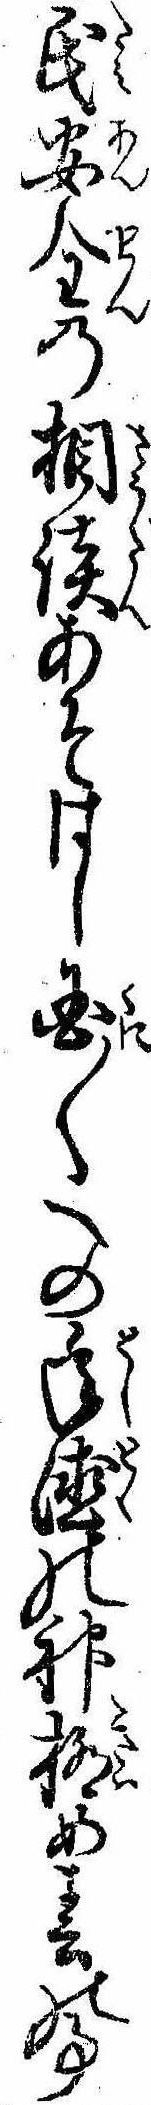
氏安全の相談あそはし国〱への年徳の神極め春の事